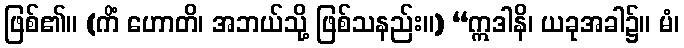
ဖြစ်၏။ (ကိံ ဟောတိ၊ အဘယ်သို့ ဖြစ်သနည်း။) “ဣဒါနိ၊ ယခုအခါ၌။ မံ၊